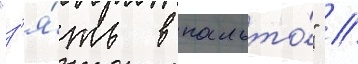
"з'я́ть в пальто́" //